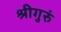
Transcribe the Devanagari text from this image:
श्रीगुरुं